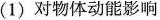
(1)对物体动能影响